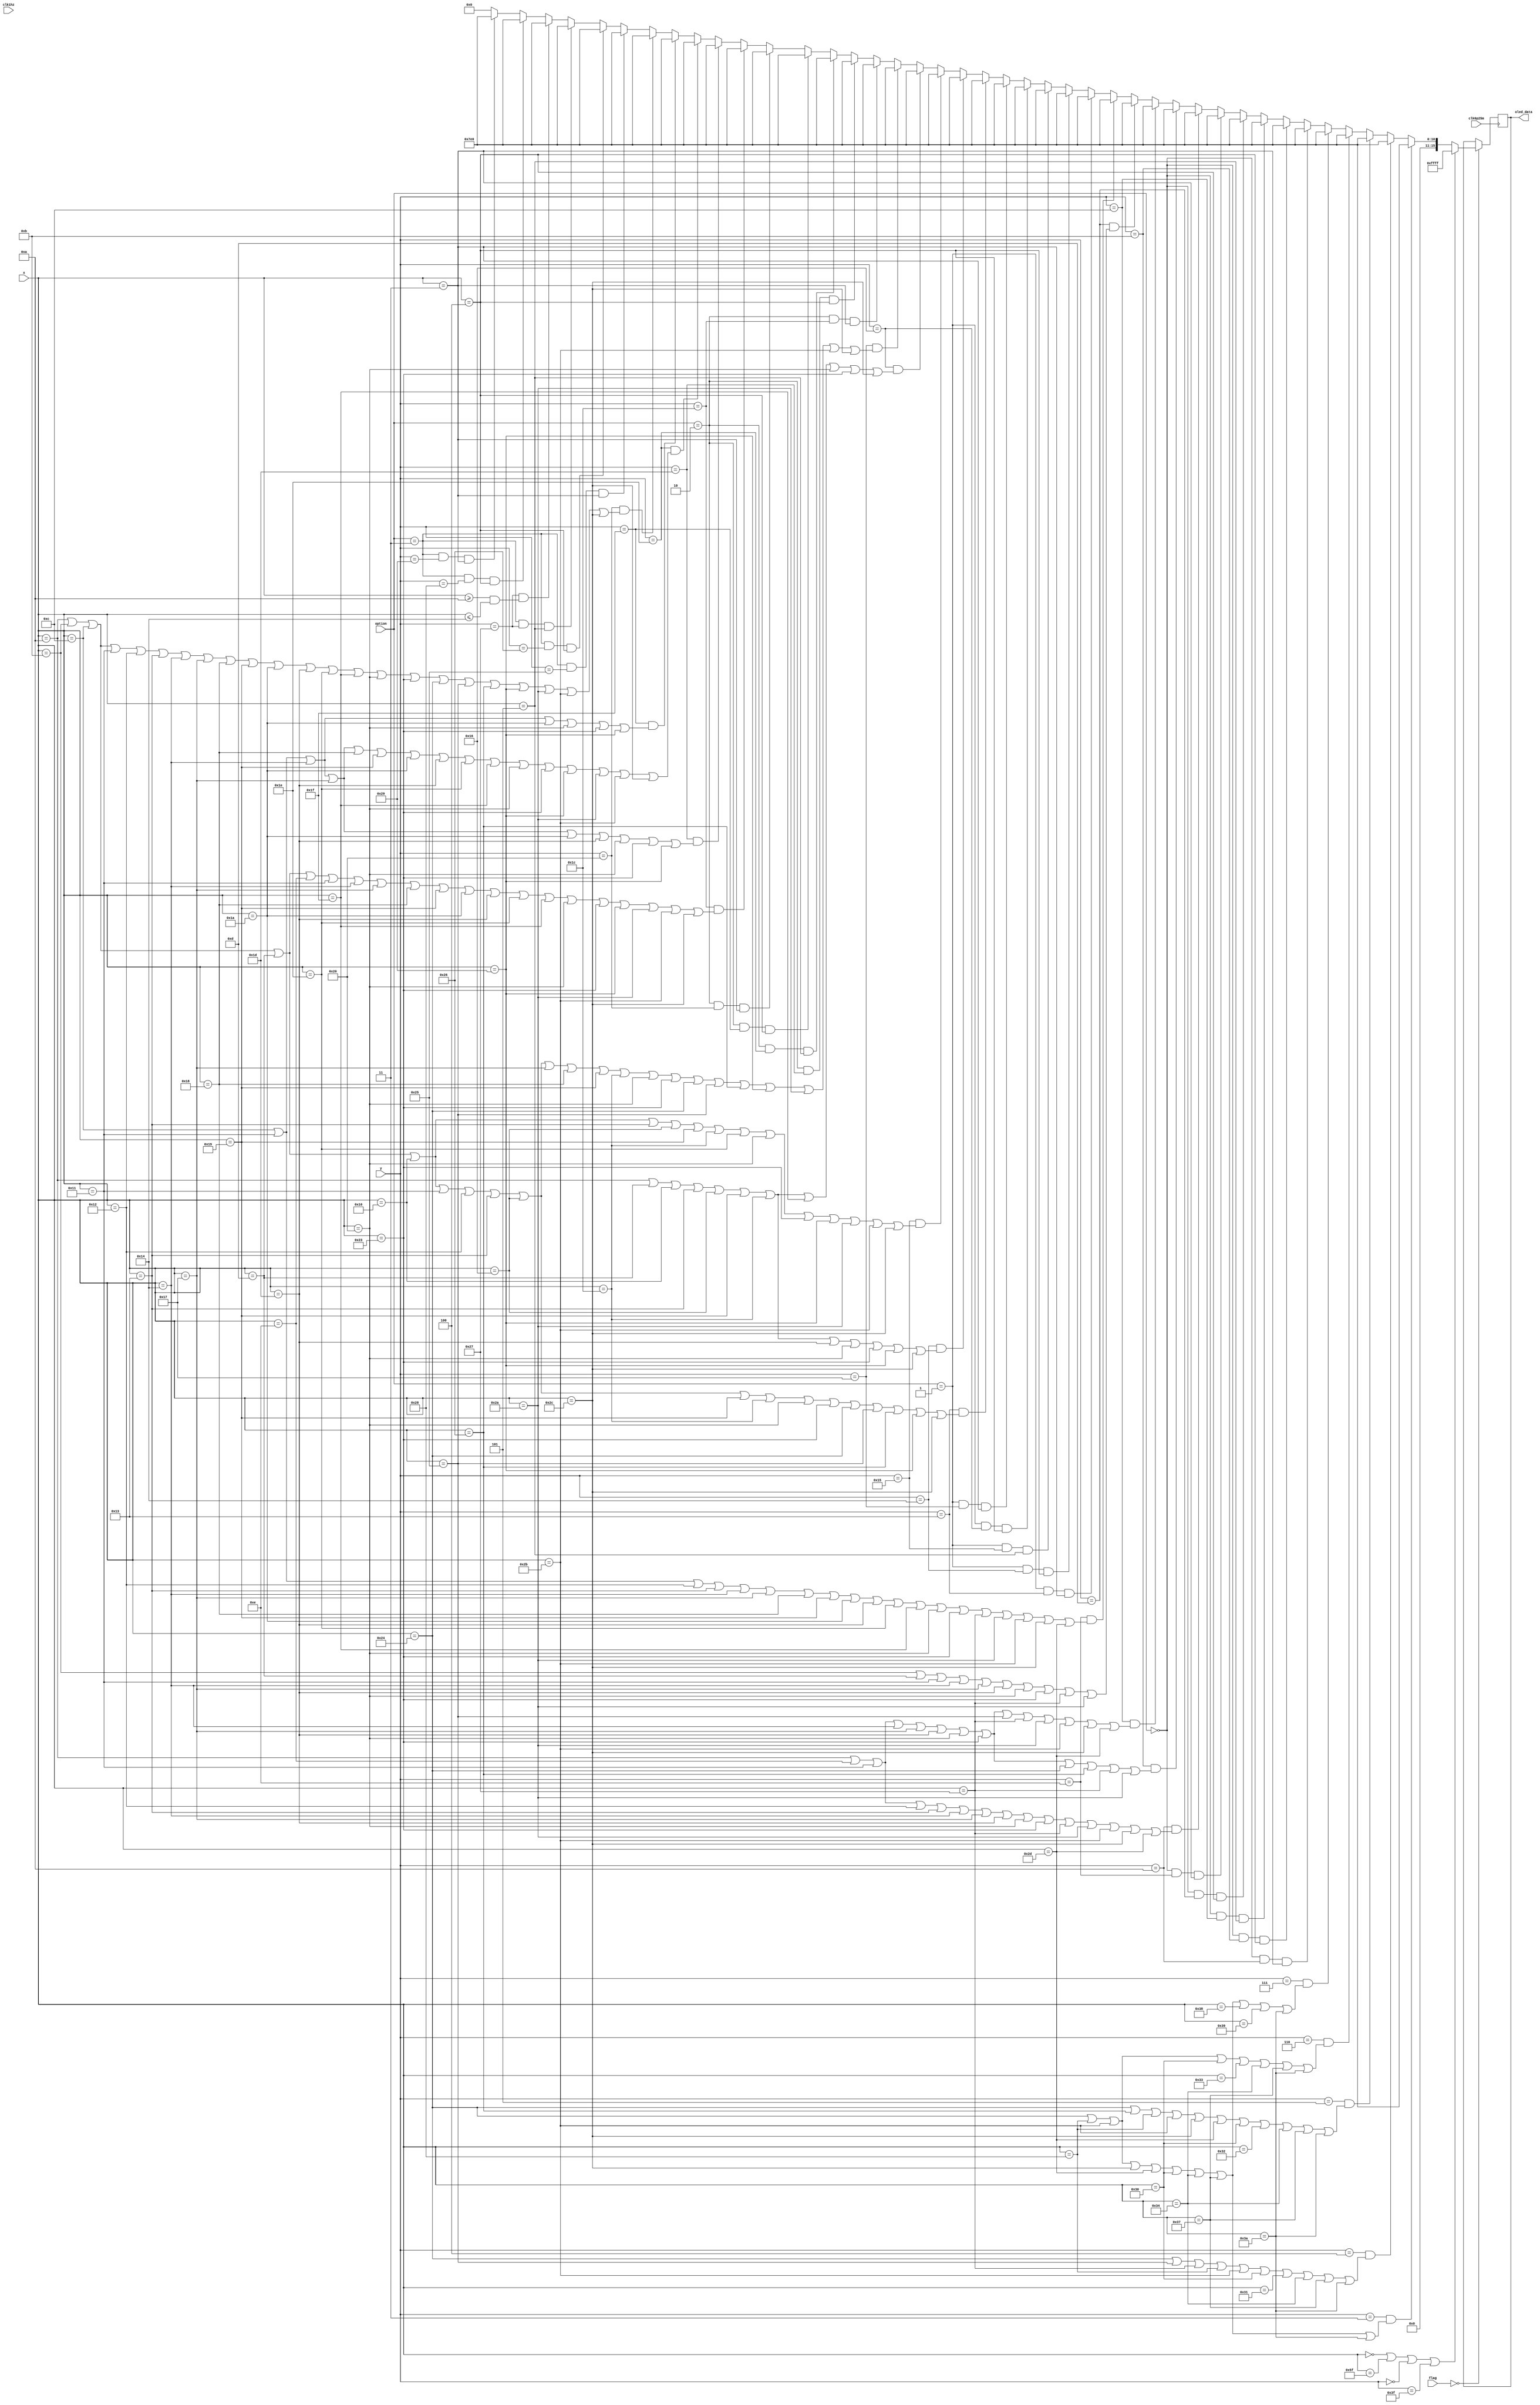
`timescale 1ns / 1ps
//////////////////////////////////////////////////////////////////////////////////
// Company: 
// Engineer: 
// 
// Design Name: 
// Module Name: Display_Menu
// Project Name: 
// Target Devices: 
// Tool Versions: 
// Description: 
// 
// Dependencies: 
// 
// Revision:
// Revision 0.01 - File Created
// Additional Comments:
// 
//////////////////////////////////////////////////////////////////////////////////


module Display_Menu(
    input clk1hz,
    input clk6p25m,
    input [6:0]x,
    input [5:0]y,
    input [1:0] option,
    input [3:0] flag,
    output reg [15:0]oled_data  
    );
    
    reg [15:0] RED = 16'hF800, GREEN = 16'h07E0, YELLOW = 16'hFFE0;
    

    
    always @(posedge clk6p25m) begin
        if (flag == 4'd0) begin
        if((x == 0 || x == 95 ||  y == 0 || y == 63))
            oled_data = 16'hFFFF;  
        
        else if ((y == 3) && ((x == 36) || (x == 40) || (x == 43) || (x == 44) || (x == 45) || (x == 48)
        || (x == 52) || (x == 55) || (x == 58)))
            oled_data = GREEN;
        
        else if ((y == 4) && ((x == 36) || (x == 37) || (x == 39) || (x == 40) || (x == 43) || (x == 48)
        || (x == 49) || (x == 52) || (x == 55) || (x == 58)))
            oled_data = GREEN;
            
        else if ((y == 5) && ((x == 36) || (x == 38) || (x == 40) || (x == 43) || (x == 44) || (x == 45)
        || (x == 48) || (x == 50) || (x == 52) || (x == 55) || (x == 58)))
            oled_data = GREEN;
                    
        else if ((y == 6) && ((x == 36) || (x == 40) || (x == 43) || (x == 48) || (x == 51) || (x == 52)
        || (x == 55) || (x == 58)))
            oled_data = GREEN;
            
        else if ((y == 7) && ((x == 36) || (x == 40) || (x == 43) || (x == 44) || (x == 45) || (x == 48)
        || (x == 52) || (x == 55) || (x == 56) || (x == 57) || (x == 58)))
            oled_data = GREEN;
        //--------------------------------------------------
        else if ((option== 2'd0) && (y == 10) && ((x == 3)))
            oled_data = GREEN;
        
        else if ((option== 2'd0) && (y == 11) && ((x == 4)))
            oled_data = GREEN;
        
        else if ((option== 2'd0) && (y == 12) && ((x == 5)))
            oled_data = GREEN;
            
//        else if ((y == 12) && ((x >= 10) && (x <= 20)))
//            oled_data = GREEN;
        
        else if ((option== 2'd0) && (y == 13) && ((x == 4)))
            oled_data = GREEN;
        
        else if ((option== 2'd0) && (y == 14) && ((x == 3)))
            oled_data = GREEN;      
        else if ((y == 10) && (x == 10 || x == 14 || x == 17 || x == 18 || x == 19 || x == 20 || x == 23 ||
        x == 29 || x == 32 || x == 35 || x == 39 || x == 42 || x == 43 || x == 44 || x == 45))
            oled_data = GREEN;
        
        else if ((y == 11) && (x == 10 || x == 14 || x == 17 || x == 20 || x == 23 || x == 29 || x == 32 || 
        x == 35 || x == 36 ||  x == 38 || x == 39 || x == 42))
            oled_data = GREEN;
        
        else if ((y == 12) && (x == 10 || x == 14 || x == 17 || x == 20 || x == 23 || x == 29 || x == 32 ||
        x == 35 || x == 37 || x == 39 || x == 42 || x == 43 || x == 44 || x == 45))
            oled_data = GREEN;
        
        else if ((y == 13) && (x == 11 || x == 13 || x == 17 || x == 20 || x == 23 || x == 29 || x == 32 ||
        x == 35 || x == 39 || x == 42))
            oled_data = GREEN;
        
        else if ((y == 14) && (x == 12 || x == 17 || x == 18 || x == 19 || x == 20 || x == 23 || x == 24 ||
        x == 25 || x == 26 || x == 29 || x == 30 || x  == 31 || x == 32 || x == 35 || x == 39 || x == 42 ||
        x == 43 || x == 44 || x == 45))
            oled_data = GREEN;
            
            
        //-------------------------------------------------- first option
        
        //--------------------------------------------------
        else if ((option == 2'd1) && (y == 19) && ((x == 3)))
            oled_data = GREEN;
        
        else if ((option == 2'd1) && (y == 20) && ((x == 4)))
            oled_data = GREEN;
        
        else if ((option == 2'd1) && (y == 21) && ((x == 5)))
            oled_data = GREEN;
            
//        else if ((y == 21) && ((x >= 10) && (x <= 20)))
//            oled_data = GREEN;
        
        else if ((option == 2'd1) && (y == 22) && ((x == 4)))
            oled_data = GREEN;
        
        else if ((option == 2'd1) && (y == 23) && ((x == 3)))
            oled_data = GREEN;     
        
        else if ((y == 19) && (x == 10 || x == 11 || x == 12 || x == 13 || x == 16 || x == 17 || x == 18 ||
        x == 19 || x == 22 || x == 25 || x == 28 || x == 32 || x == 35 || x == 36 || x == 37 || x == 38 ||
        x == 41 || x == 44))
            oled_data = GREEN;
        
        else if ((y == 20) && (x == 10 || x == 13 || x == 16 || x == 19 || x == 22 || x == 25 || x == 28 || 
        x == 29 || x == 32 || x == 35 || x == 41 || x == 44))
            oled_data = GREEN;
            
        else if ((y == 21) && (x == 10 || x == 11 || x == 12 || x == 13 || x == 16 || x == 19 || x == 22 || 
        x == 25 || x == 28 || x == 30 || x == 32 || x == 35 || x == 41 || x == 42 || x == 43 || x == 44))
            oled_data = GREEN;
        
        else if ((y == 22) && (x == 10 || x == 13 || x == 16 || x == 19 || x == 22 || x == 25 || x == 28 || 
        x == 31 || x == 32 || x == 35 || x == 44))
            oled_data = GREEN;
            
        else if ((y == 23) && (x == 10 || x == 11 || x == 12 || x == 13 || x == 16 || x == 17 || x == 18 || 
        x == 19 || x == 22 || x == 23 ||  x == 24 || x == 25 || x == 28 || x == 32 || x == 35 || x == 36 ||
        x == 37 || x == 38 || x == 41 || x == 42 || x == 43 || x == 44))
            oled_data = GREEN;
            
        //-------------------------------------------------- second option

        //--------------------------------------------------
        else if ((option == 2'd2) && (y == 28) && ((x == 3)))
            oled_data = GREEN;
        
        else if ((option == 2'd2) && (y == 29) && ((x == 4)))
            oled_data = GREEN;
        
        else if ((option == 2'd2) && (y == 30) && ((x == 5)))
            oled_data = GREEN;
            
//        else if ((y == 30) && ((x >= 10) && (x <= 20)))
//            oled_data = GREEN;
        
        else if ((option == 2'd2) && (y == 31) && ((x == 4)))
            oled_data = GREEN;
        
        else if ((option == 2'd2) && (y == 32) && ((x == 3)))
            oled_data = GREEN;      
            
        else if ((y == 28) && (x == 10 || x == 11 || x == 12 || x == 13  || x == 14|| x == 17 || x == 20 ||
        x == 23 || x == 24 || x == 25 || x == 26 || x == 29 || x == 30 || x == 31 || x == 32 || x == 35 ||
        x == 41 || x == 42 || x == 43 ||  x == 44))
            oled_data = GREEN;
        
        else if ((y == 29) && (x == 12 || x == 17 || x == 20 || x == 23 || x == 26 || x == 29 || x == 32 ||
        x == 35 || x == 41))
            oled_data = GREEN;
        
        else if ((y == 30) && (x == 12 || x == 17 || x == 20 || x == 23 || x == 24 || x == 25 || x == 26 ||
        x == 29 || x == 30 || x == 31 || x == 32 || x == 35 || x == 41 || x == 42 || x == 43 || x == 44))
            oled_data = GREEN;
            
        else if ((y == 31) && (x == 12 || x == 17 || x == 20 || x == 26 || x == 32 || x == 35 || x == 41))
            oled_data = GREEN;
        
        else if ((y == 32) && (x == 10 || x == 11 || x == 12 || x == 17 || x == 18 || x == 19 || x == 20 ||
        x == 23 || x == 24 || x == 25 || x == 26 || x == 29 || x == 30 || x == 31 || x == 32 || x == 35 ||
        x == 36 || x == 37 || x == 38 || x == 41 || x == 42 || x == 43 || x == 44))
            oled_data = GREEN;
             
            
        //-------------------------------------------------- third option
        //--------------------------------------------------
        else if ((option == 2'd3) && (y == 37) && ((x == 3)))
            oled_data = GREEN;
        
        else if ((option == 2'd3) && (y == 38) && ((x == 4)))
            oled_data = GREEN;
        
        else if ((option == 2'd3) && (y == 39) && ((x == 5)))
            oled_data = GREEN;
            
        else if ((y == 39) && ((x >= 10) && (x <= 20)))
            oled_data = GREEN;   // comment out ltr
        
        else if ((option == 2'd3) && (y == 40) && ((x == 4)))
            oled_data = GREEN;
        
        else if ((option == 2'd3) && (y == 41) && ((x == 3)))
            oled_data = GREEN;      
            
        //else if ((y == 37) && ....
        //-------------------------------------------------- fourth option
//        else if ((option == 2'd4) && (y == 46) && ((x == 3)))
//            oled_data = GREEN;
        
        
        
        //-----------------------------------------------------fifth option
        
        
   
        else
            oled_data = 0;
        end
    end
endmodule